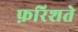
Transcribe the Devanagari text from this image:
फ़रिशते